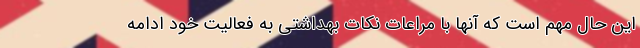
این حال مهم است که آنها با مراعات نکات بهداشتی به فعالیت خود ادامه